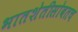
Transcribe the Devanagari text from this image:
भातशेतीसोबतच